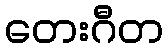
တေးဂီတ